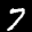
Label: 7